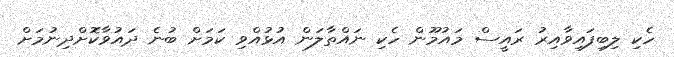
ހެކި ލިބިފައިވާއިރު ރައީސް މައުމޫން ހެކި ނައްތާލަން އުޅުއްވި ކަމަށް ބުނެ ދައުވާކޮށްދިނުމަށް